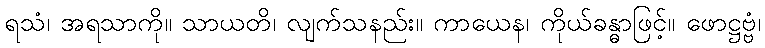
ရသံ၊ အရသာကို။ သာယတိ၊ လျက်သနည်း။ ကာယေန၊ ကိုယ်ခန္ဓာဖြင့်။ ဖောဋ္ဌဗ္ဗံ၊